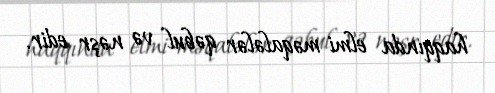
haqqında elmi məqalələr qəbul və nəşr edir.